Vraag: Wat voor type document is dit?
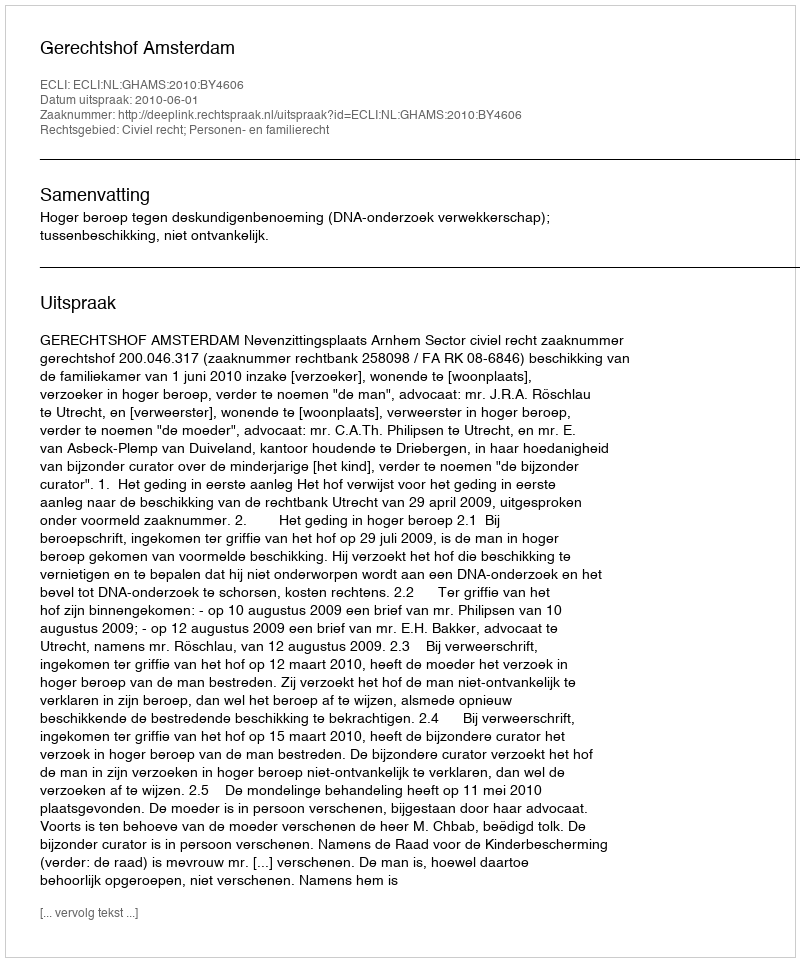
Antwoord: Uitspraak